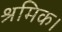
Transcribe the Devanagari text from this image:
श्रमिक।